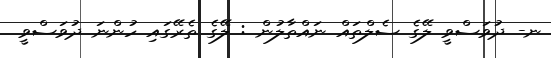
ނ- ދުވަސްވީ ލޭގެ ސެލްތައް ނައްތާލުން : ލޭގެ ތެރޭގައި ހުންނަ ދުވަސްވީ